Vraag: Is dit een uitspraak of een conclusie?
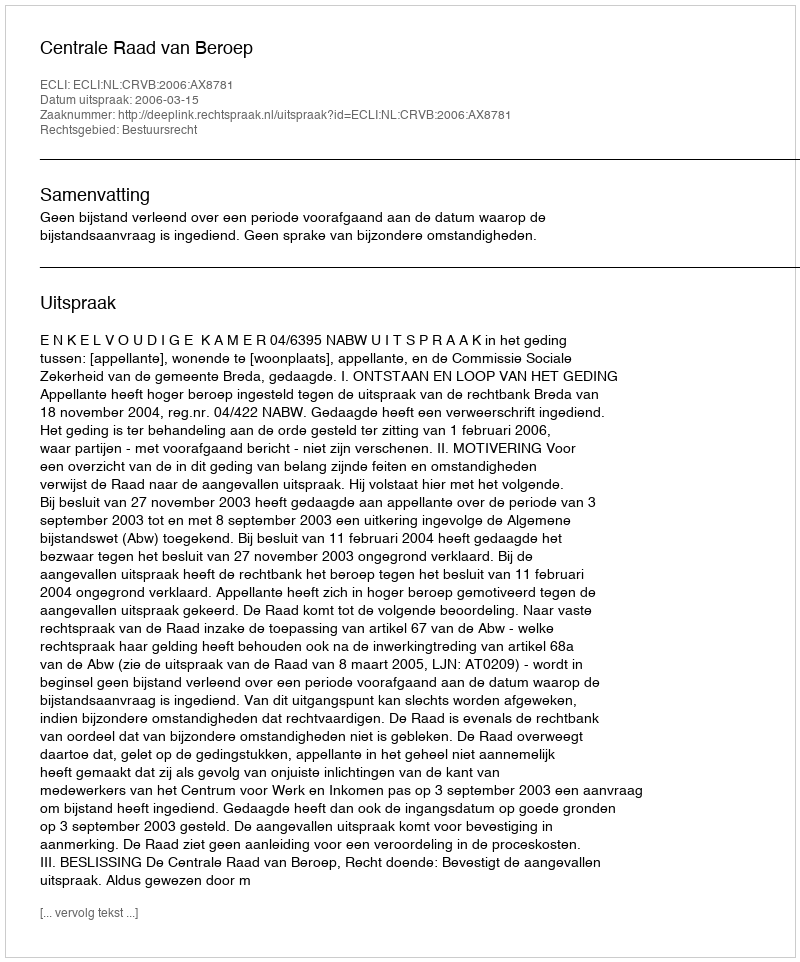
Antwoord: Uitspraak